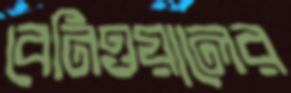
বেনিওয়ালের